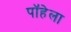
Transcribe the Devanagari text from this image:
पॉहेला